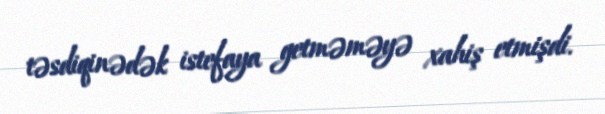
təsdiqinədək istefaya getməməyə xahiş etmişdi.